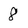
Character: 8